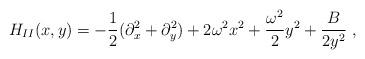
LaTeX: \begin{align*}H_{II}(x,y) = - \frac{1}{2}(\partial^2_x + \partial^2_y) + 2 \omega^2 x^2 +\frac{\omega^2}{2} y^2 + \frac{B}{2 y^2}\ ,\end{align*}